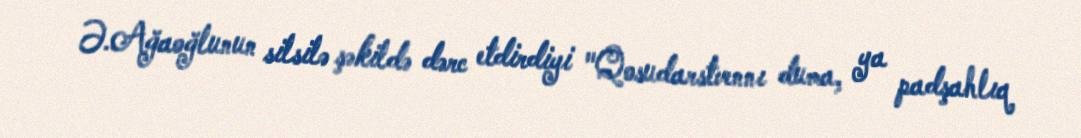
Ə.Ağaoğlunun silsilə şəkildə dərc etdirdiyi "Qosudarstvennı duma, ya padşahlıq